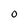
Character: 0